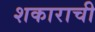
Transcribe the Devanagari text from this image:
शकाराची